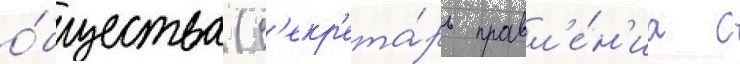
о́бщества (с'екр'ета́рь правл'е́н'иа с